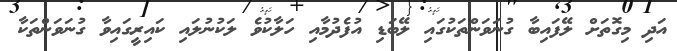
އަދި މިގޮތަށް ލޭފައިބާ ގުނަވަންތަކުގައި ލޭބަޑި އުފެދުމާއި ހަލާކުވެ ލަކުނުލައި ކައިރީގައިވާ ގުނަވަންތަކާ